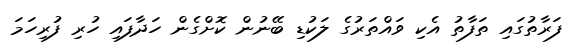
ފަރާތުގައި ތަފާތު އެކި ވައްތަރުގެ ލަކުޑި ބޭނުން ކޮށްގެން ހަދާފައި ހުރި ފުރިހަމަ